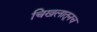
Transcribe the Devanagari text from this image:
चिखलातूनच